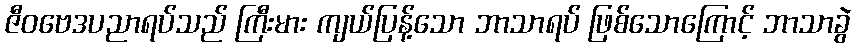
ဇီဝဗေဒပညာရပ်သည် ကြီးမား ကျယ်ပြန့်သော ဘာသာရပ် ဖြစ်သောကြောင့် ဘာသာခွဲ